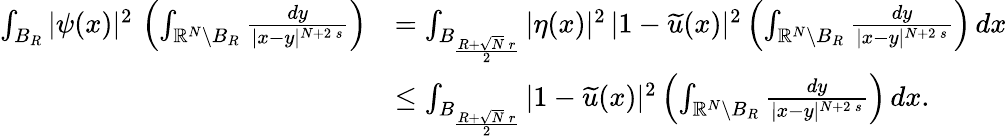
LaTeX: \begin{array}{rl}{\int_{B_{R}}|\psi(x)|^{2}\, \left(\int_{\mathbb{R}^{N}\setminus B_{R}}\frac{dy}{|x-y|^{N+2\, s}}\right)}&{=\int_{B_{\frac{R+\sqrt{N}\, r}{2}}}|\eta(x)|^{2}\, |1-\widetilde u(x)|^{2}\left(\int_{\mathbb{R}^{N}\setminus B_{R}}\frac{dy}{|x-y|^{N+2\, s}}\right)\, dx}\\ &{\le\int_{B_{\frac{R+\sqrt{N}\, r}{2}}}|1-\widetilde u(x)|^{2}\left(\int_{\mathbb{R}^{N}\setminus B_{R}}\frac{dy}{|x-y|^{N+2\, s}}\right)\, dx.}\end{array}